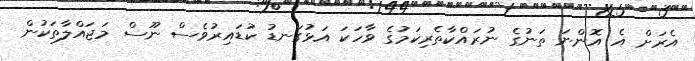
އެރަށް އެ އޮންނަ ތަނުގެ ނުރައްކާތެރިކަމުގެ ވާހަކަ އަޅުގަނޑު ކުޑައިރުވެސް ނޫސް މަޖައްލާތަކުން